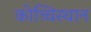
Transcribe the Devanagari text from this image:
कोच्चिस्थान